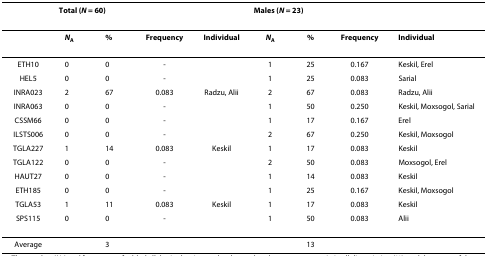
|  | <COLSPAN=4> Total (N = 60) | <COLSPAN=4> Males (N = 23) |
 | --- | --- | --- | --- | --- | --- | --- | --- | --- |
 |  | NA | % | Frequency | Individual | NA | % | Frequency | Individual |
 | ETH10 | 0 | 0 | - |  | 1 | 25 | 0.167 | Keskil, Erel |
 | HEL5 | 0 | 0 | - |  | 1 | 25 | 0.083 | Sarial |
 | INRA023 | 2 | 67 | 0.083 | Radzu, Alii | 2 | 67 | 0.083 | Radzu, Alii |
 | INRA063 | 0 | 0 | - |  | 1 | 50 | 0.250 | Keskil, Moxsogol, Sarial |
 | CSSM66 | 0 | 0 | - |  | 1 | 17 | 0.167 | Erel |
 | ILSTS006 | 0 | 0 | - |  | 2 | 67 | 0.250 | Keskil, Moxsogol |
 | TGLA227 | 1 | 14 | 0.083 | Keskil | 1 | 17 | 0.083 | Keskil |
 | TGLA122 | 0 | 0 | - |  | 2 | 50 | 0.083 | Moxsogol, Erel |
 | HAUT27 | 0 | 0 | - |  | 1 | 14 | 0.083 | Keskil |
 | ETH185 | 0 | 0 | - |  | 1 | 25 | 0.167 | Keskil, Moxsogol |
 | TGLA53 | 1 | 11 | 0.083 | Keskil | 1 | 17 | 0.083 | Keskil |
 | SPS115 | 0 | 0 | - |  | 1 | 50 | 0.083 | Alii |
 | Average |  | 3 |  |  |  | 13 |  |  |